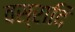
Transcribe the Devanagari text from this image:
वस्रादि